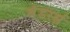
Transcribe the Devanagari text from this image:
बंडरर्स